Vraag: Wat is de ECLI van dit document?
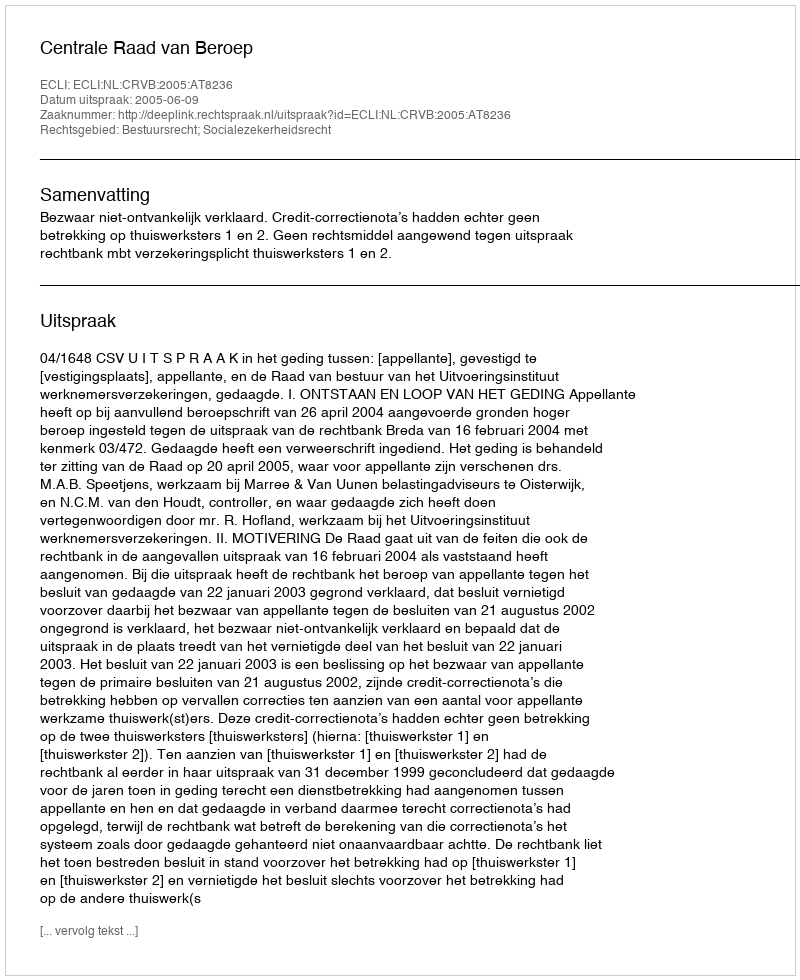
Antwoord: ECLI:NL:CRVB:2005:AT8236